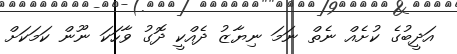
އަދީބުގެ ކުށެއް ނެތް ނަމަ ނިޔާޒު ދެއްކީ ދޮގު ވާހަކަ ނޫން ކަމަކަށް